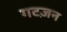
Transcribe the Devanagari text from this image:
गटज़न